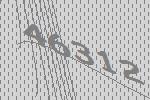
46312